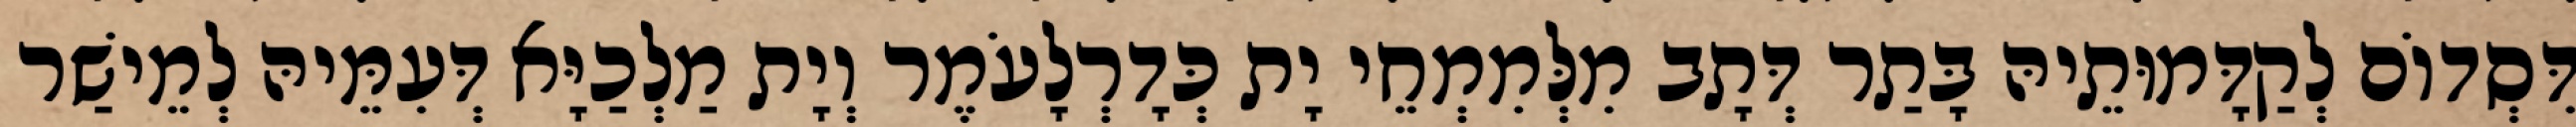
דִּסְדוֹם לְקַדָּמוּתֵיהּ בָּתַר דְּתָב מִלְּמִמְחֵי יָת כְּדָרְלָעֹמֶר וְיָת מַלְכַיָּא דְּעִמֵּיהּ לְמֵישַׁר